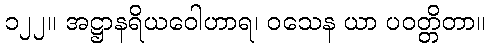
၁၂၂။ အဋ္ဌာနရိယဝေါဟာရ၊ ဝသေန ယာ ပဝတ္တိတာ။